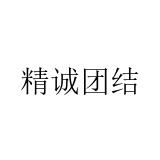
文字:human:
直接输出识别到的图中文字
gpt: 精诚团结